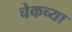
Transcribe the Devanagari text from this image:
चेकच्या